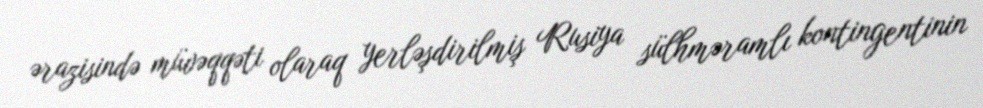
ərazisində müvəqqəti olaraq yerləşdirilmiş Rusiya sülhməramlı kontingentinin